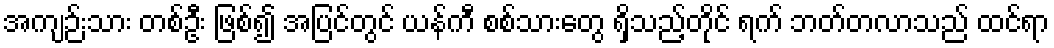
အကျဉ်းသား တစ်ဦး ဖြစ်၍ အပြင်တွင် ယန်ကီ စစ်သားတွေ ရှိသည့်တိုင် ရက် ဘတ်တလာသည် ထင်ရာ